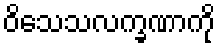
ဝိသေသလက္ခဏာကို